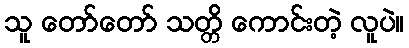
သူ တော်တော် သတ္တိ ကောင်းတဲ့ လူပဲ။